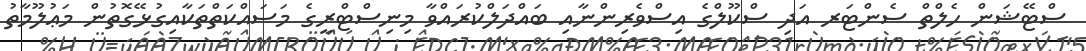
ސްޓޭޝަން ހެލްތް ސެންޓަރ އަދި ސްކޫލްގެ އިސްވެރިންނާއި ބައްދަލްކުރައްވާ މިނިސްޓްރީގެ މަސައްކަތްތަކާއިގުޅޭގޮތުން މަޢުލޫމާތު